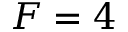
F = 4